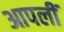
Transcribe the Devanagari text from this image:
आपलीं